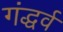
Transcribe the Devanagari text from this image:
गंद्धर्व